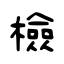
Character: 檢